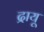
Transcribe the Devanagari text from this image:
द्रायू